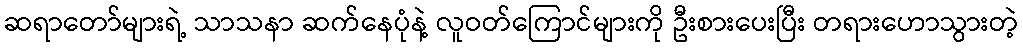
ဆရာတော်များရဲ့ သာသနာ ဆက်နေပုံနဲ့ လူဝတ်ကြောင်များကို ဦးစားပေးပြီး တရားဟောသွားတဲ့